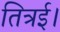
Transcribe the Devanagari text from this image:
तित्रई।